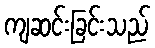
ကျဆင်းခြင်းသည်